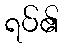
ရပ်၏